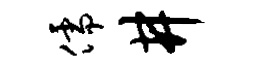
儒井